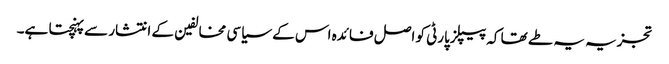
تجزیہ یہ طے تھا کہ پیپلزپارٹی کو اصل فائدہ اس کے سیاسی مخالفین کے انتشار سے پہنچتا ہے۔